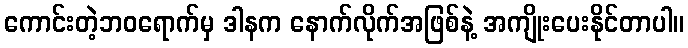
ကောင်းတဲ့ဘဝရောက်မှ ဒါနက နောက်လိုက်အဖြစ်နဲ့ အကျိုးပေးနိုင်တာပါ။